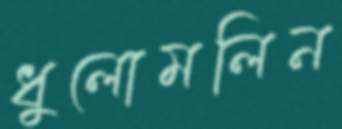
ধুলোমলিন